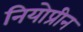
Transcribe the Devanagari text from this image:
नियोप्रीन